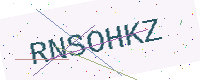
Text: RNSOHKZ